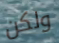
ولكن